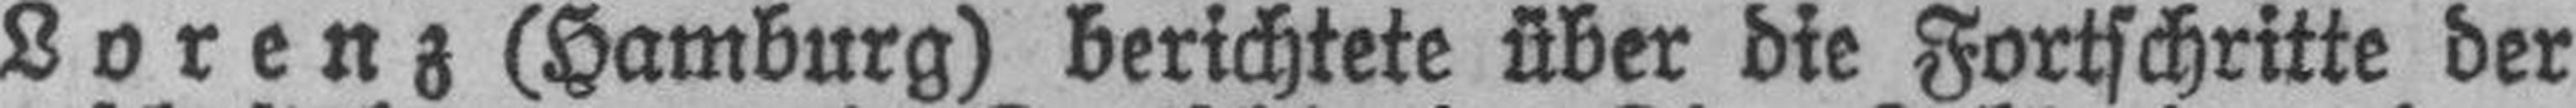
Lorenz (Hamburg) berichtete über die Fortschritte der